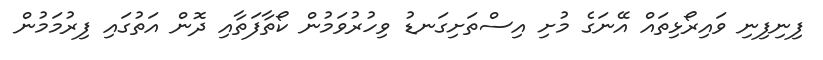
ފިނިފިނި ވައިރޯޅިތައް އޭނަގެ މުށި އިސްތަށިގަނޑު ވިހުރުވަމުން ކޯތާފަތާއި ދޮން އަތުގައި ފިރުމަމުން